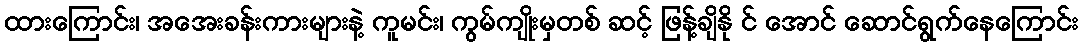
ထားကြောင်း၊ အအေးခန်းကားများနဲ့ ကူမင်း၊ ကွမ်ကျိုးမှတစ် ဆင့် ဖြန့်ချိနို င် အောင် ဆောင်ရွက်နေကြောင်း